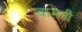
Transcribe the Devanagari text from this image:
बामनी